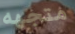
متجهه